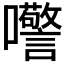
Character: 𫬺